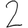
Digit: 2